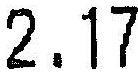
2.17